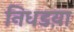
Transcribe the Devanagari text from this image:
निधडय़ा